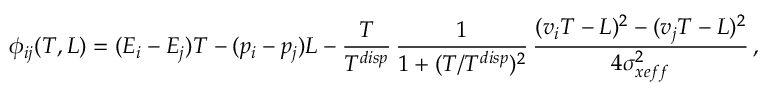
\phi _ { i j } ( T , L ) = ( E _ { i } - E _ { j } ) T - ( p _ { i } - p _ { j } ) L - \frac { T } { T ^ { d i s p } } \, \frac { 1 } { 1 + ( T / T ^ { d i s p } ) ^ { 2 } } \, \frac { ( v _ { i } T - L ) ^ { 2 } - ( v _ { j } T - L ) ^ { 2 } } { 4 \sigma _ { x e f f } ^ { 2 } } \, ,